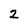
Character: 2